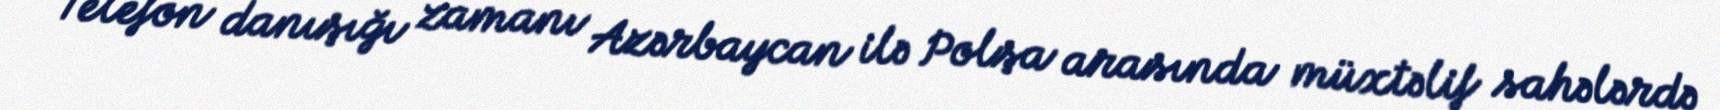
Telefon danışığı zamanı Azərbaycan ilə Polşa arasında müxtəlif sahələrdə